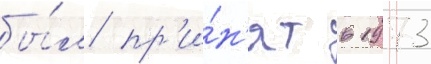
бы́л пр'и́н'ят в 1973